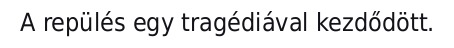
A repülés egy tragédiával kezdődött.